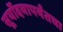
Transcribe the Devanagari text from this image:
सूर्योदयापर्यंतचा